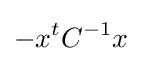
-x^{t}C^{-1}x